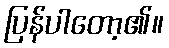
ပြန်ပါတော့၏။